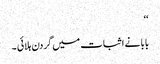
‘‘
بابا نے اثبات میں گردن ہلائی ۔